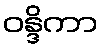
ဝန္ဒိကာ